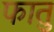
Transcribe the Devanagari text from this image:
फातु